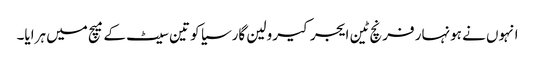
انہوں نے ہونہار فرنچ ٹین ایجر کیرولین گارسیا کو تین سیٹ کے میچ میں ہرایا۔